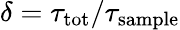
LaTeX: \delta=\tau_{\mathrm{tot}}/\tau_{\mathrm{sample}}